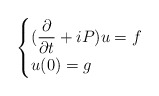
\begin{align*} \begin{cases} (\dfrac{\partial}{\partial t} + iP)u= f \\ u(0)= g \end{cases} \end{align*}